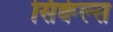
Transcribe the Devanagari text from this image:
सिक्वेल्स